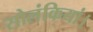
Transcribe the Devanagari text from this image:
सोलंकियां।